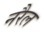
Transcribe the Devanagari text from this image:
नरैल